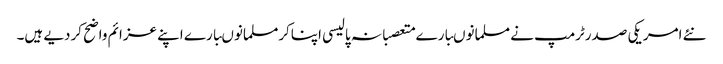
نئے امریکی صدرٹرمپ نے مسلمانوںبارے متعصبانہ پالیسی اپناکرمسلمانوںبارے اپنے عزائم واضح کردیے ہیں۔